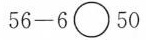
$$5 6 - 6 \circ 5 0$$